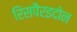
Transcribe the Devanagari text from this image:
रिसपैरइदोन